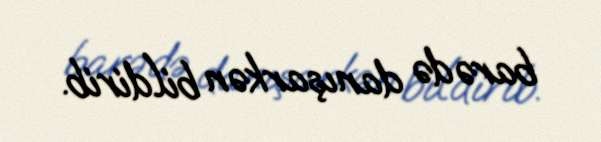
barədə danışarkən bildirib.